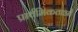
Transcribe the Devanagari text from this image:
प्रार्थमिकताओं